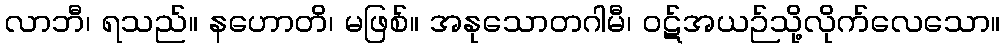
လာဘီ၊ ရသည်။ နဟောတိ၊ မဖြစ်။ အနုသောတဂါမီ၊ ဝဋ်အယဉ်သို့လိုက်လေသော။